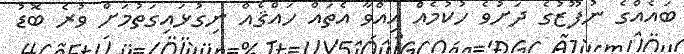
ބައެއްގެ ނުފޫޒުގެ ދަށުވެ ހުކުމެއް އިއްވާ އެތައް ހައްޤެއް ނިގުޅައިގަތުމަށް ވުރެ ބޮޑު